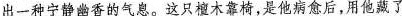
出一种宁静幽香的气息。这只檀木靠椅，是他病愈后，用他藏了